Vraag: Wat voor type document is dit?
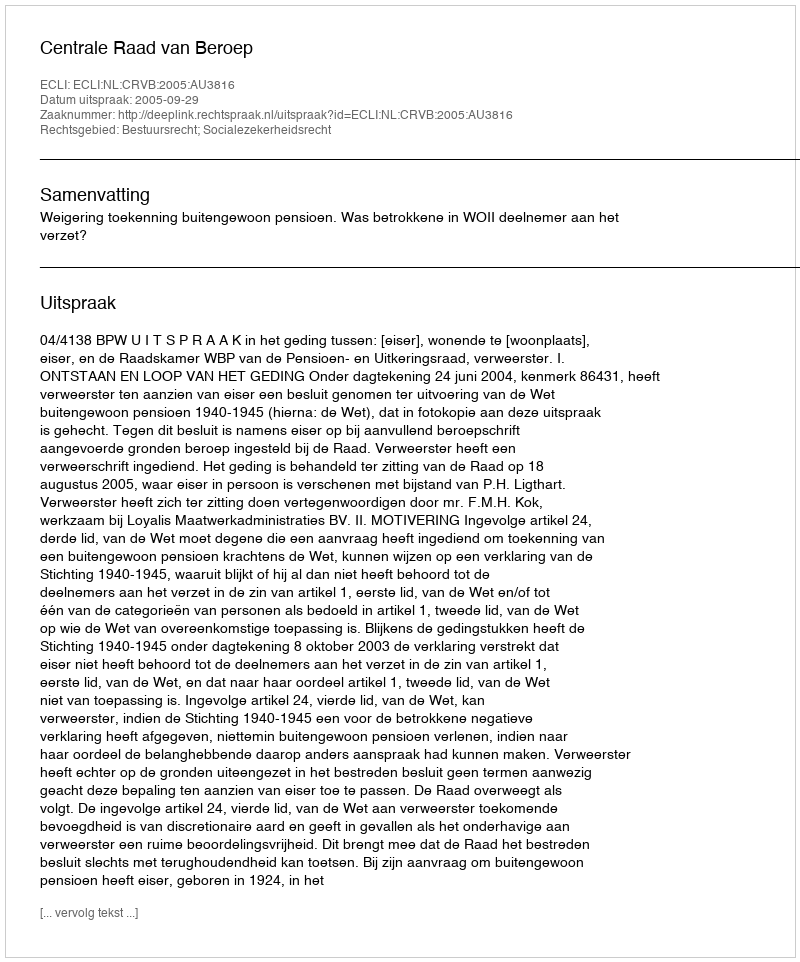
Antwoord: Uitspraak